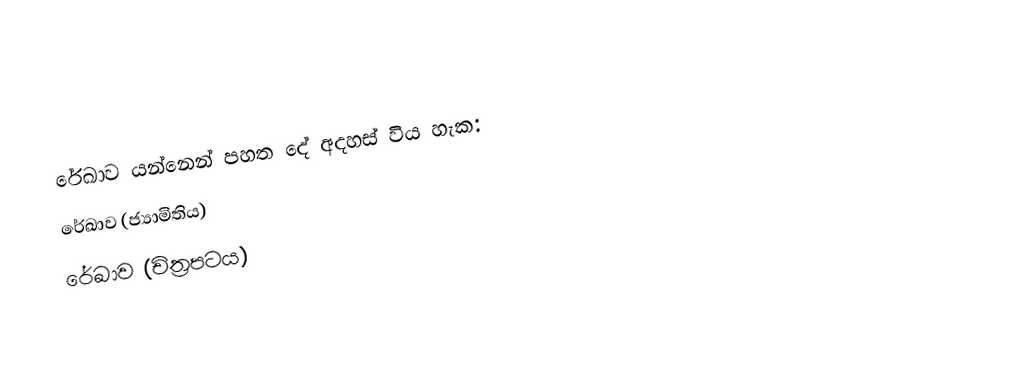
රේඛාව යන්නෙන් පහත දේ අදහස් විය හැක:
 රේඛාව (ජ්‍යාමිතිය)
රේඛාව (චිත්‍රපටය)